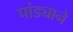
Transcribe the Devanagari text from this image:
पांड्याने